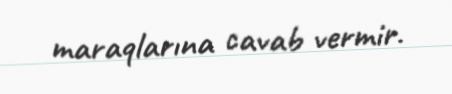
maraqlarına cavab vermir.